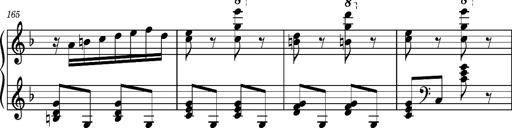
Title: Ungarischer Romanzero
Composer: Franz Liszt